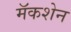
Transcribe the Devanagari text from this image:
मॅकशेन